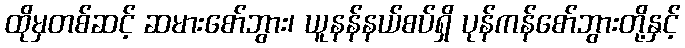
ထိုမှတစ်ဆင့် ဆမားစော်ဘွား၊ ယူနန်နယ်စပ်ရှိ ပုန်ကန်စော်ဘွားတို့နှင့်